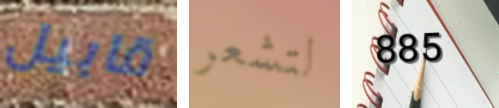
قابيل لتشعر 885